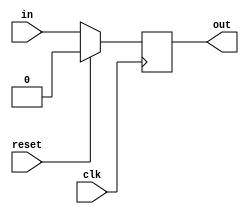
`default_nettype none
`timescale 1ps/1ps
module pipline_register #(
    parameter WIDTH = 1
) (
    input  wire             clk, 
    input  wire             reset,
    input  wire [WIDTH-1:0] in,
    output reg  [WIDTH-1:0] out
); 

always @(posedge clk) begin
    if (reset) begin
        out <= {WIDTH{1'b0}};
    end else begin
        out <= in;
    end
end

endmodule